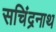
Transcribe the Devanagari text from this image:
सचिंद्रनाथ